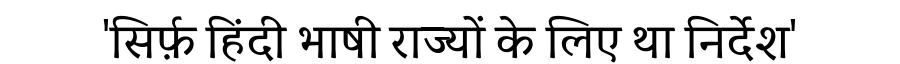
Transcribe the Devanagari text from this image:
'सिर्फ़ हिंदी भाषी राज्यों के लिए था निर्देश'